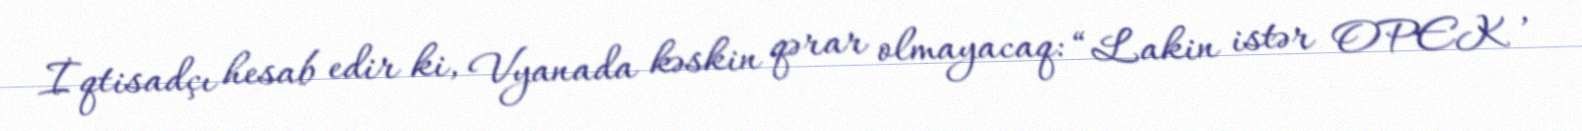
İqtisadçı hesab edir ki, Vyanada kəskin qərar olmayacaq: “Lakin istər OPEK ,